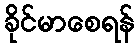
ခိုင်မာစေရန်